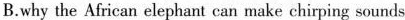
B.why the African elephant can make chirping sounds